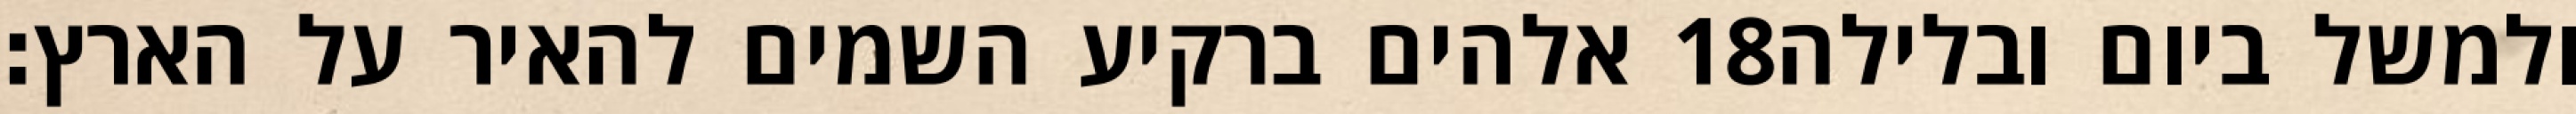
אלהים ברקיע השמים להאיר על הארץ׃ ‎18‏ ולמשל ביום ובלילה